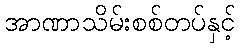
အာဏာသိမ်းစစ်တပ်နှင့်